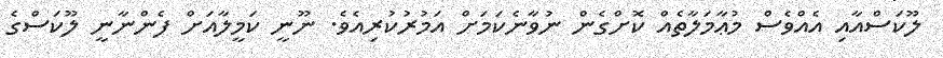
ލޫކަސްއާއި އެއްވެސް މުޢާމަލާތެއް ކޮށްގެން ނުވާނެކަމަށް އަމުރުކުރިއެވެ. ނޫނީ ކަމީލާއަށް ފެންނާނީ ލޫކަސްގެ